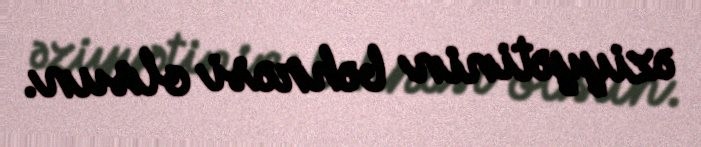
əziyyətinin bəhrəsi olsun.